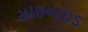
સાઇનાઇડ